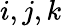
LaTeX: i,j,k